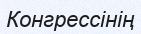
Конгрессінің